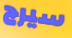
سيرج